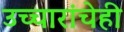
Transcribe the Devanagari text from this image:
उच्चारांचेही